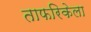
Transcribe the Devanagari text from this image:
ताफरिकेला